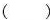
（）